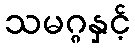
သမဂ္ဂနှင့်